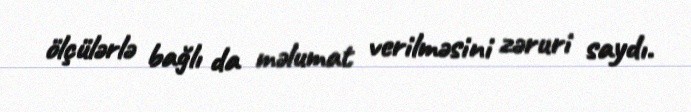
ölçülərlə bağlı da məlumat verilməsini zəruri saydı.